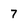
Character: 7